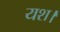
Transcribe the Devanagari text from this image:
यश।